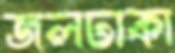
জলঢাকা